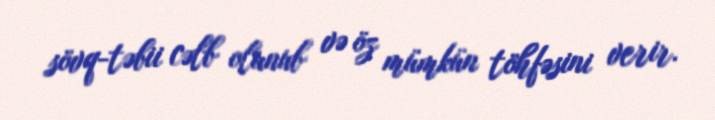
sövq-təbii cəlb olunub və öz mümkün töhfəsini verir.